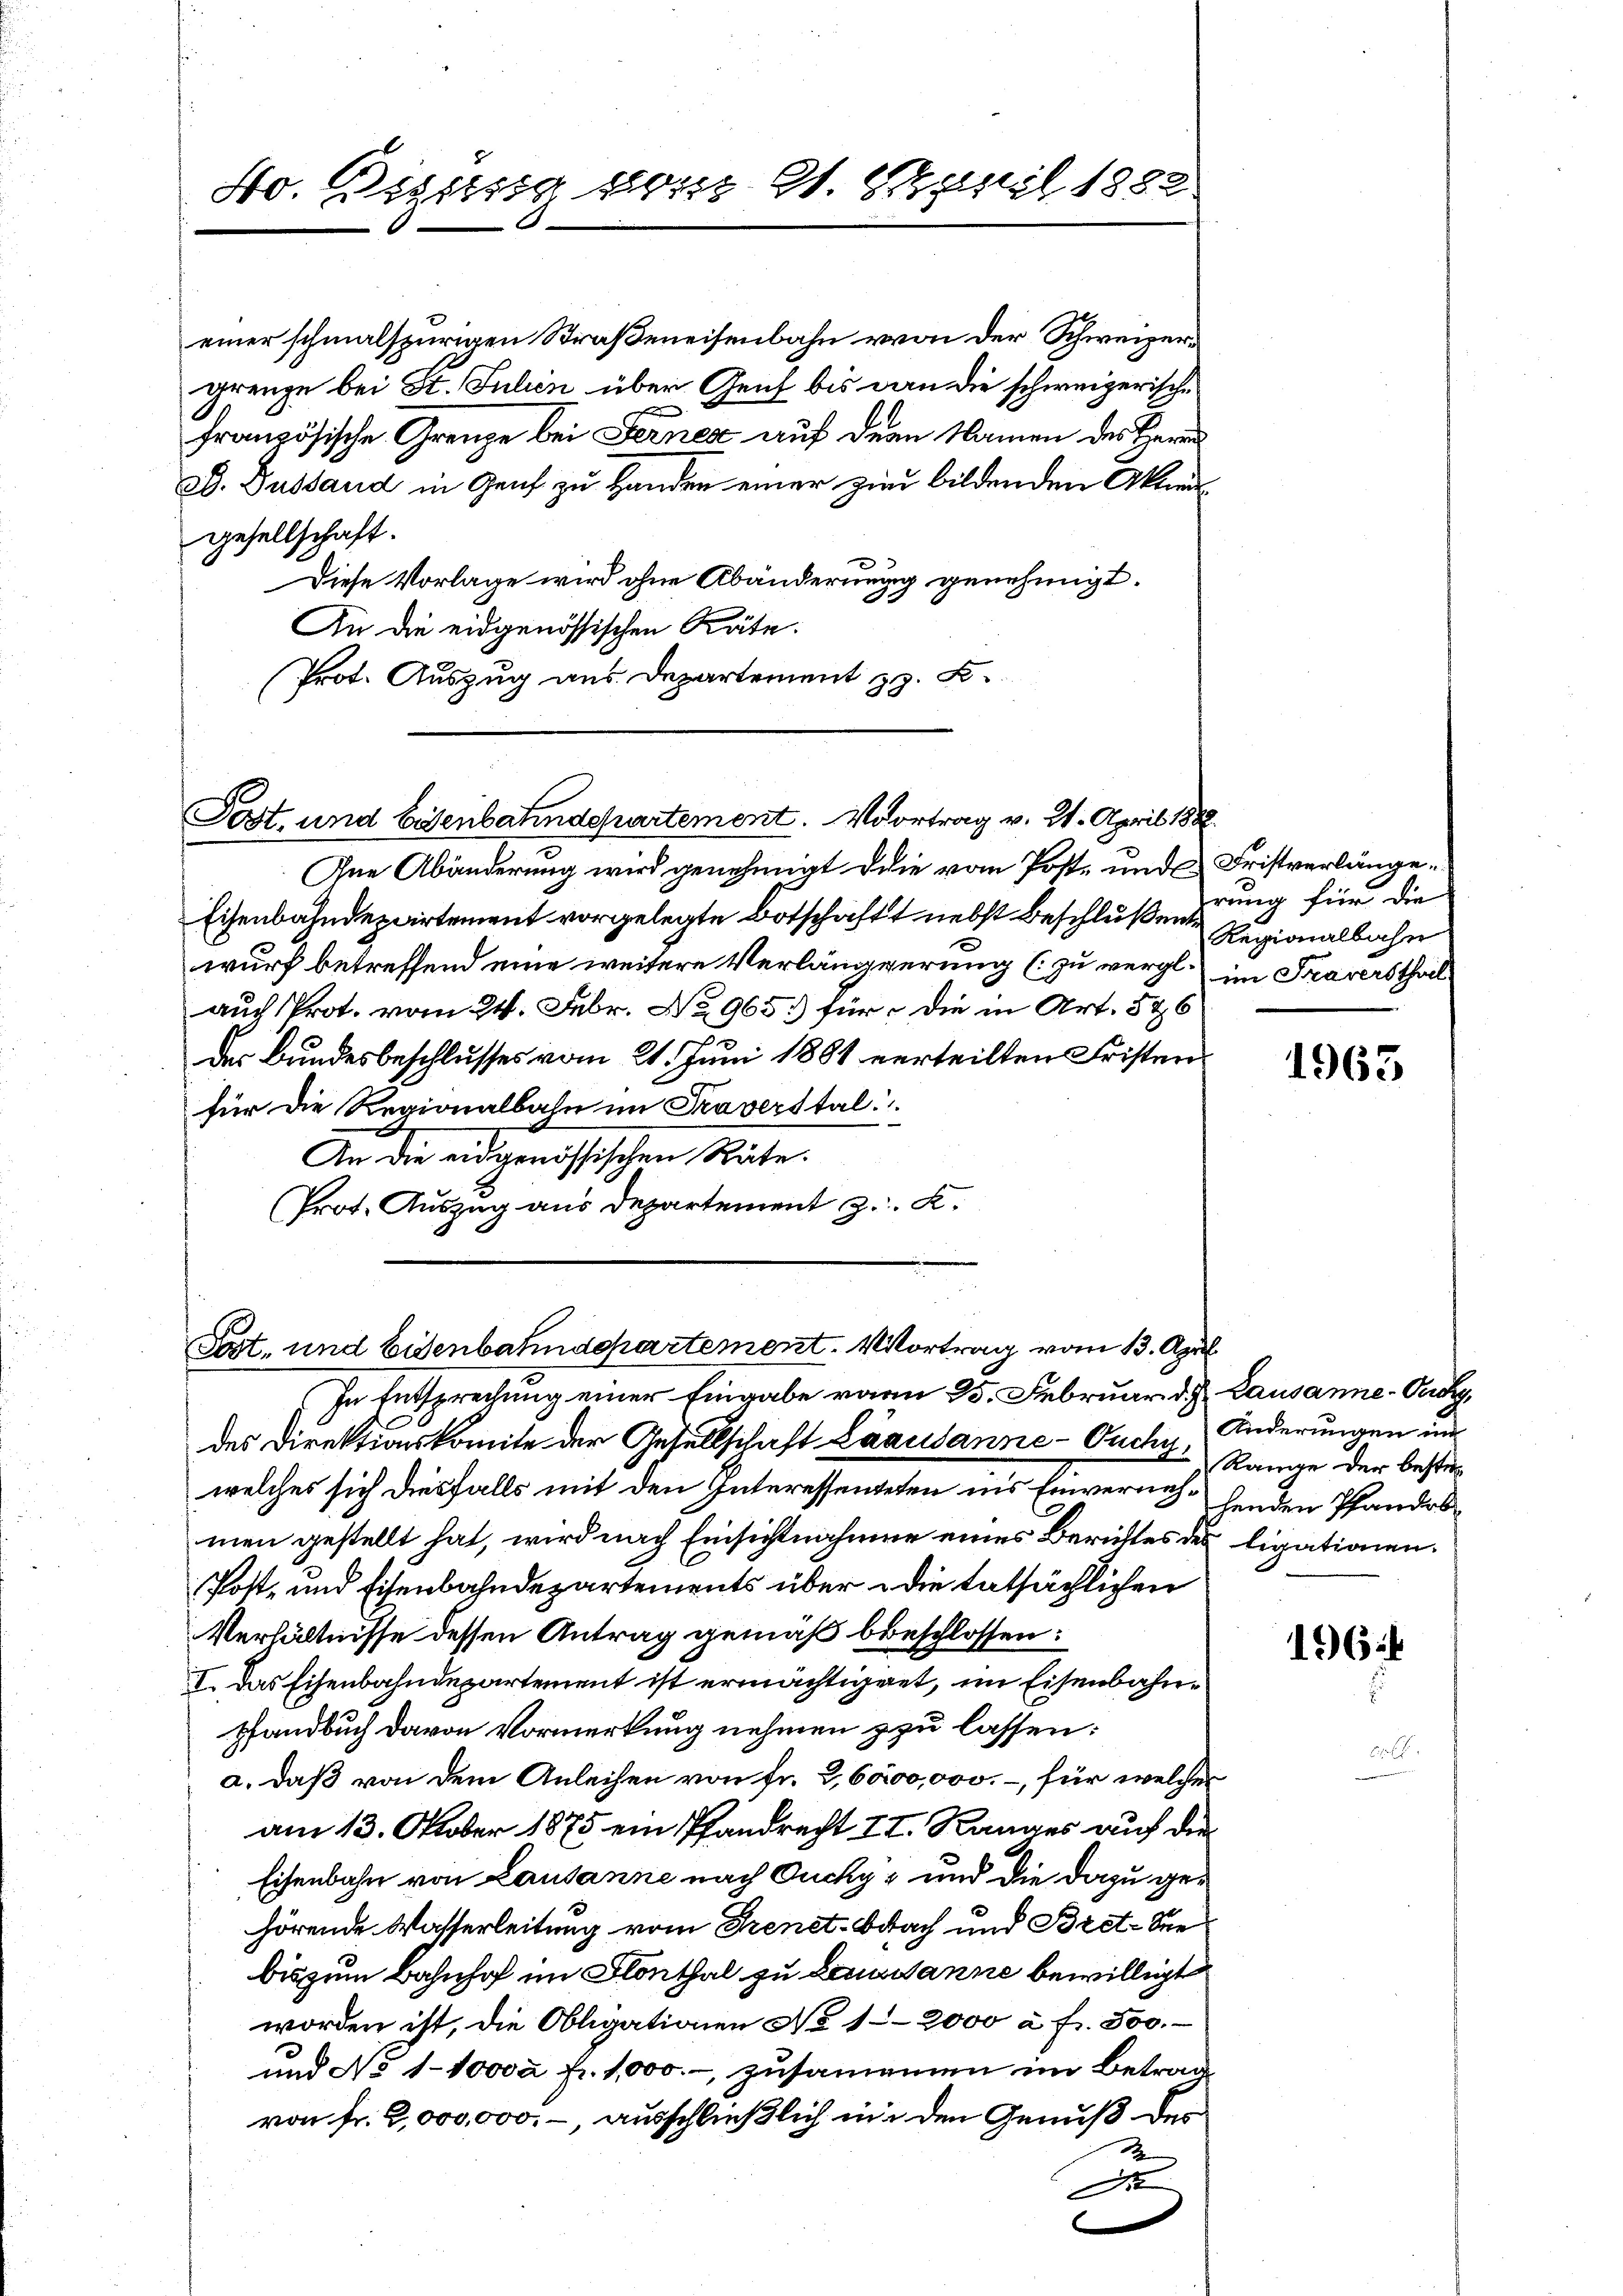
Ho. Dissesig von 21. April 1882

einer schmalspurigen Straßeneisenbahn von der Schweizergrenze bei St. Julien über Genf bis dan die schweizerische
F
französische Grenze bei Ferner auf dem Namen des Herrn
ad. Gustand in Genf zu Handen einer zum bildenden Akten
gesellschaft.
Diese Vorlage wird ohne Abänderung genehmigt.
An die eidgenössischen Räte.
Prot. Auszug aus Departement z. B.

Post- und Eisenbatendepartement. Vortrag v. 21. April 1882

Ine Abänderung wird genehmigt die vom Post- und Fristverlänge¬
Eisenbahndepartement vorgelegte Botschaft nebst beschluße ung für die
wurf betreffend eine weitere Verlängerung (zu vergl. im Traversthal
auch Prot. vom 24. Febr. No 965.) für die in Art. 546
Der Bundesbeschlusses vom 21. Juni 1861 verteilten Fristenfür die Regionalbahn im Traverstal
An die eidgenössischen Räte.
Prot. Auszug aus Departement z. K.

Post- und Eisenbahndepartement. Vortrag vom 13. April
In Entsprechung einer Eingabe wann 25. Februar d. J. Lausanne-Puchy,

des Direktionskomite der Gesellschaft Laausanne-Ouchy, Änderungen un
welches sich diesfalls mit den Interessenteten in’s Einverneh- henden Pfandromen gestellt hat, wird nach Einsichtnahmen eines Berichtes des ligationen.
Post- und Eisenbahndepartements über die tatsächlichen
Verhältnisse dessen Antrag gemäß beschlossen:
I. Das Eisenbahndepartement ist ermächtiget, im Eisenbahnpfandbuch davon Vormerkung nehmen zu lassen:
a. daß von dem Anleihen von fr. 2, 6000,000.- für welcher
am 13. Oktober 1875 ein Pfandrecht II. Ranges auf die
Eisenbahn von Lausanne nach Ducky, und die dazu gehörende Wasserleitung vom Frenet. Bach und Bret. Sie
bis zum Bahnhof im Flönthal zu Lausanne bewilligt
worden ist, die Obligationen No 12000 à fr. 500.
und No 110000 fr. 1,000.- zusammen im Betrag
von fr. 2,000,000.-, ausschließlich in den Genuß des
2
D

Regionalbahn

1965

Range der besti

1964